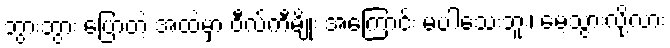
ဘွားဘွား ပြောတဲ့ အထဲမှာ ဝီလ်ကီမျိုး အကြောင်း မပါသေးဘူး၊ မေ့သွားလို့လား